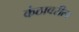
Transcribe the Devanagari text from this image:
कंठावरील